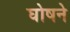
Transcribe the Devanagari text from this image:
घोषने